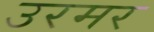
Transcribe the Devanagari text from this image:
उरमर